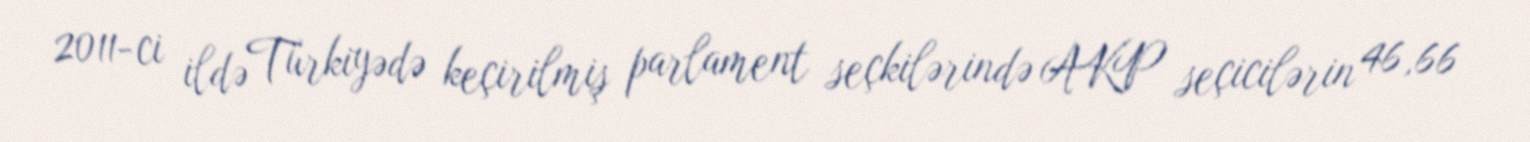
2011-ci ildə Türkiyədə keçirilmiş parlament seçkilərində AKP seçicilərin 46,66